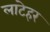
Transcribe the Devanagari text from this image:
लाटेहर